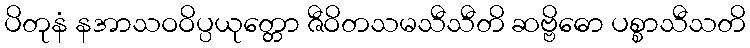
ပိတုနံ နအာသဝဝိပ္ပယုတ္တော ဇီဝိတသမသီသီတိ ဆဗ္ဗိဓော ပစ္စာသီသတိ